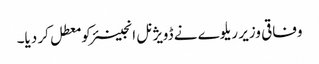
وفاقی وزیر ریلوے نے ڈویژنل انجینئر کو معطل کر دیا۔